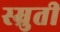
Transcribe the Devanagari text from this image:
स्म्रुती